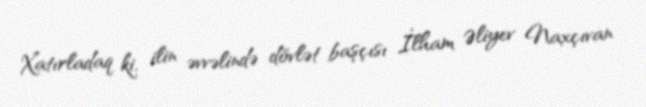
Xatırladaq ki, ilin əvvəlində dövlət başçısı İlham Əliyev Naxçıvan